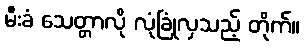
မီးခံ သေတ္တာလို လုံခြုံလှသည့် တိုက်။